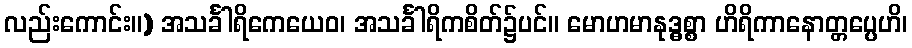
လည်းကောင်း။) အသင်္ခါရိကေယေဝ၊ အသင်္ခါရိကစိတ်၌ပင်။ မောဟမာနုဒ္ဓစ္စာ ဟိရိကာနောတ္တပ္ပေဟိ၊